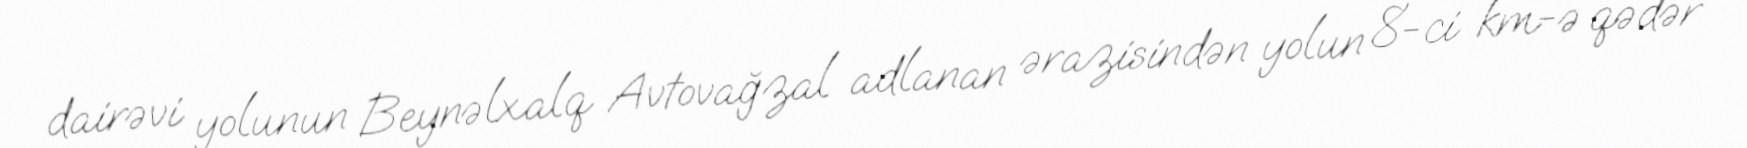
dairəvi yolunun Beynəlxalq Avtovağzal adlanan ərazisindən yolun 8-ci km-ə qədər